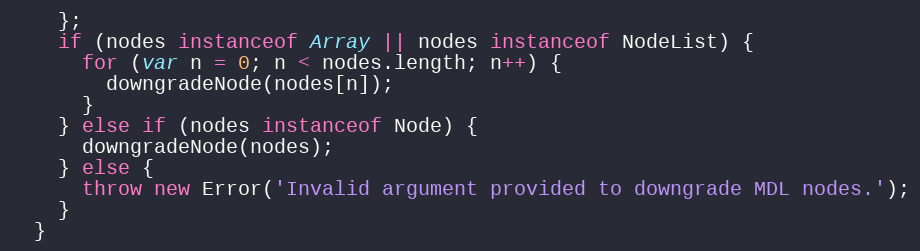
Language: JavaScript
    };
    if (nodes instanceof Array || nodes instanceof NodeList) {
      for (var n = 0; n < nodes.length; n++) {
        downgradeNode(nodes[n]);
      }
    } else if (nodes instanceof Node) {
      downgradeNode(nodes);
    } else {
      throw new Error('Invalid argument provided to downgrade MDL nodes.');
    }
  }